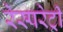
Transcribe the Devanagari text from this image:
रेस्परेट्री